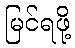
မြင်ရဖို့